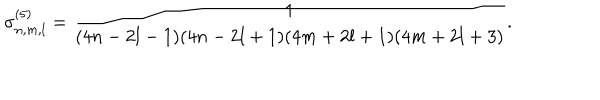
LaTeX: \sigma _ { n , m , l } ^ { ( 5 ) } = \frac { 1 } { ( 4 n - 2 l - 1 ) ( 4 n - 2 l + 1 ) ( 4 m + 2 l + 1 ) ( 4 m + 2 l + 3 ) } .